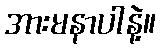
အားမနာပါနဲ့။